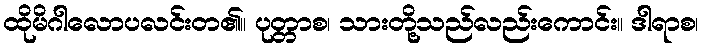
ထိုမိဂါလောပလင်းတ၏။ ပုတ္တာစ၊ သားတို့သည်လည်းကောင်း။ ဒါရာစ၊